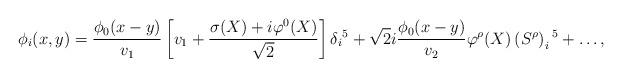
LaTeX: \begin{align*}\phi_i(x,y) = \frac{\phi_0(x-y)}{v_1}\left[v_1+ \frac{\sigma (X)+i\varphi^0(X)}{\sqrt{2}}\right]\delta_i{}^5 +\sqrt{2} i\frac{\phi_0(x-y)}{v_2}\varphi^\rho (X) \left(S^\rho \right)_i{}^5+\ldots, \end{align*}